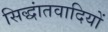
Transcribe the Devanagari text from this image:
सिद्धांतवादियों